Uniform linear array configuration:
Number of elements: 48
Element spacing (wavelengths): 1
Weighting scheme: hann
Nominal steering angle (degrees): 15
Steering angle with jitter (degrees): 13.774
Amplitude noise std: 0.05
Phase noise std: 0.05

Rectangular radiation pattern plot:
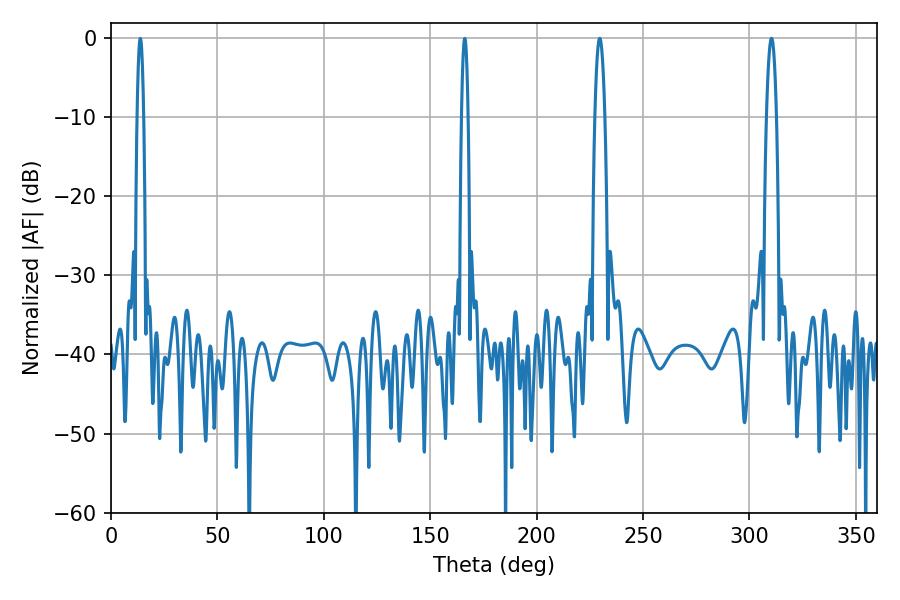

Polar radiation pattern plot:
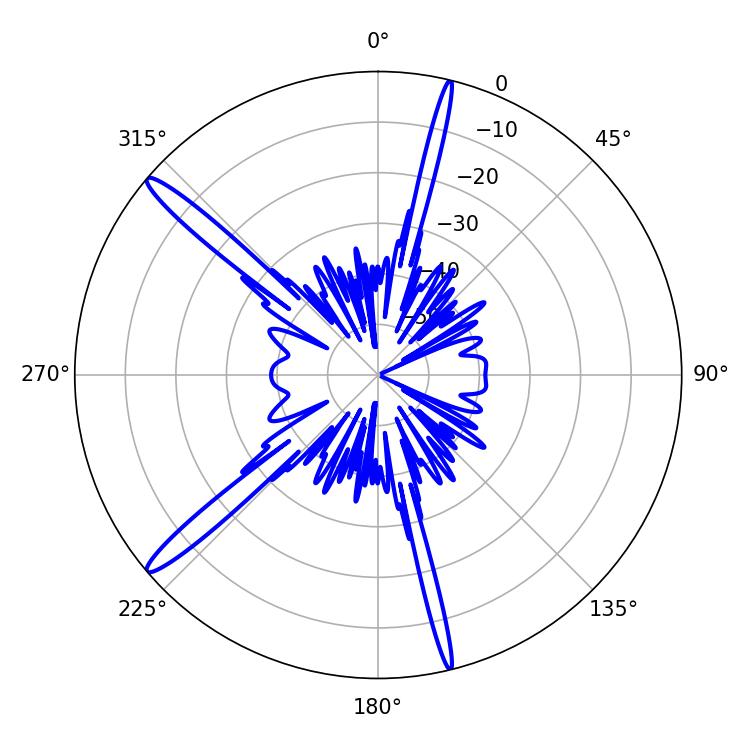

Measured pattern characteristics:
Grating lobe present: TRUE
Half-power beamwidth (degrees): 2.52
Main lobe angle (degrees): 310.32